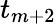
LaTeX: t_{m+2}